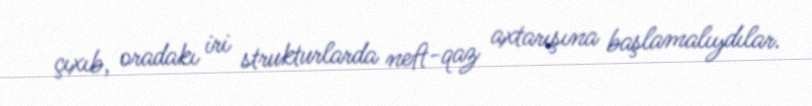
çıxıb, oradakı iri strukturlarda neft-qaz axtarışına başlamalıydılar.